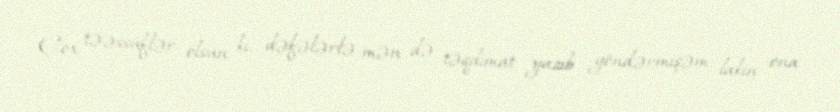
Çox təəssüflər olsun ki, dəfələrlə mən də təqdimat yazıb göndərmişəm, lakin ona